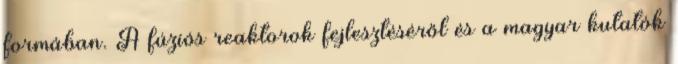
formában. A fúziós reaktorok fejlesztéséről és a magyar kutatók